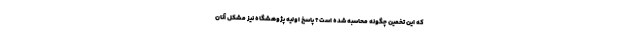
که این تخمین چگونه محاسبه شده است؟ پاسخ اولیه پژوهشگاه نیز مشکل آنان